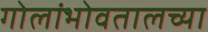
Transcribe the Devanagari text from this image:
गोलांभोवतालच्या